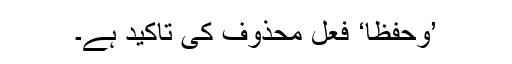
’وَحِفْظًا‘ فعل محذوف کی تاکید ہے۔